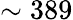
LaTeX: \sim 389